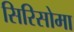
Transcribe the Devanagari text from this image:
सिरिसोमा